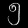
Digit: ၅